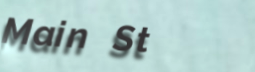
Main St